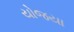
યોજયા